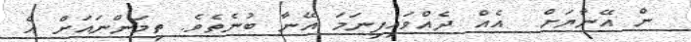
ން އޭނާޔަށް  އެއް ދެއްވައިފިނަމަ އޭނާ ބުނެތެވެ. ތިމަންނައަށް އެ